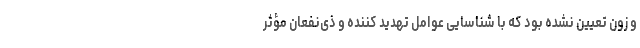
و زون تعیین نشده بود که با شناسایی عوامل تهدید کننده و ذی‌نفعان مؤثر